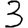
Digit: 3